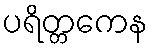
ပရိတ္တကေန